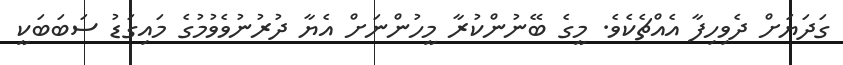
ގަދަޔަށް ދެވިހިފާ އެއްޗެކެވެ. މީގެ ބޭނުންކުރާ މީހުންނަށް އެޔާ ދުރުނުވެވުމުގެ މައިގަޑު ސަބަބަކީ